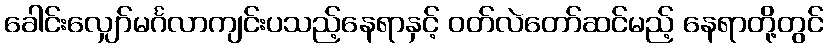
ခေါင်းလျှော်မင်္ဂလာကျင်းပသည့်နေရာနှင့် ဝတ်လဲတော်ဆင်မည့် နေရာတို့တွင်